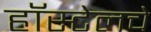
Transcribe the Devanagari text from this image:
हॉस्टेलचे